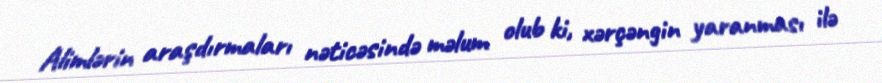
Alimlərin araşdırmaları nəticəsində məlum olub ki, xərçəngin yaranması ilə